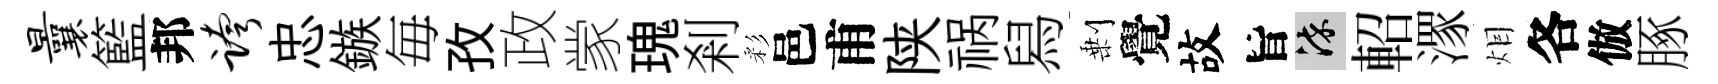
曩籃邦跨忠鏃毎孜政䝉瑰剎彩邑甫陕祸舄剰覺故旨染軺潈𤇆各倣䐁